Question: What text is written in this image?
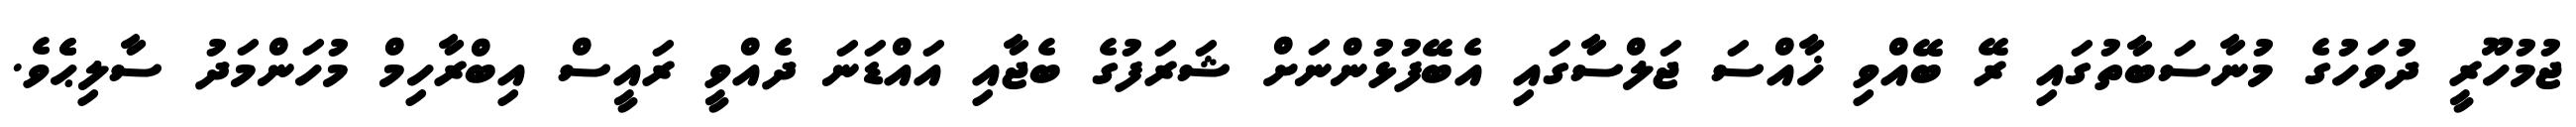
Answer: ޖުމުހޫރީ ދުވަހުގެ މުނާސަބާތުގައި ރޭ ބޭއްވި ޚާއްސަ ޖަލްސާގައި އެބޭފުޅުންނަށް ޝަރަފުގެ ބެޖާއި އައްޑަނަ ދެއްވީ ރައީސް އިބްރާހިމް މުހަންމަދު ސާލިޙެެވެ.